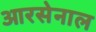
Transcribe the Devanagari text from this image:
आरसेनाल